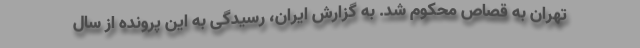
تهران به قصاص محکوم شد. به گزارش ایران، رسیدگی به این پرونده از سال